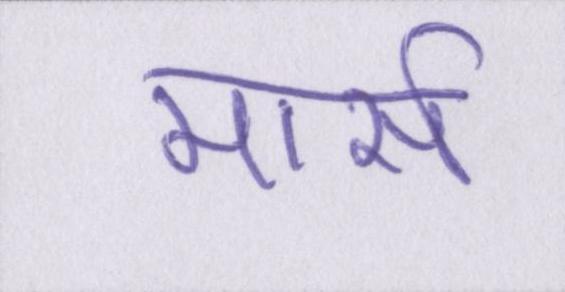
मार्स